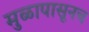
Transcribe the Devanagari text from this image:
मुळापासूनच